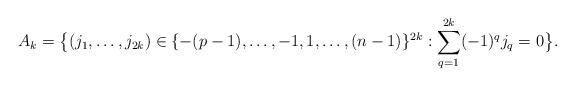
LaTeX: \begin{align*}A_k= \big\{(j_1,\ldots, j_{2k}) \in \{-(p-1),\ldots, -1, 1,\ldots, (n-1)\}^{2k} : \sum_{q=1}^{2k}(-1)^{q} j_{q}=0 \big\}.\end{align*}